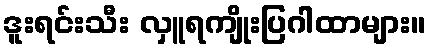
ဒူးရင်းသီး လှူရကျိုးပြဂါထာများ။